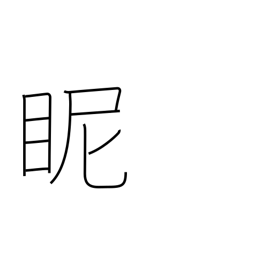
Meaning: gaze at